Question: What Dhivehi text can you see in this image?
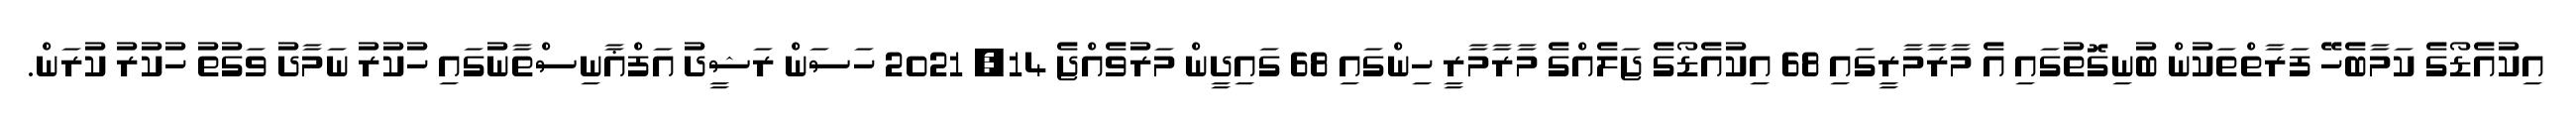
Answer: އިކުއެޑޯގެ ކަމާބެހޭ ފަރާތްތަކުން ބުނިގޮތުގައި އެ މާރާމާރީގައި 68 އިކުއެޑޯގެ ޖަލެއްގެ މާރާމާރީ ހިންގައި 68 ގައިދީން މަރުވެއްޖެ 14, 2021 ހަސަން ރަޝީދު އަފްޣާނިސްތާނުގައި ހުކުރު ނަމާދު ވަގުތު ހުކުރު ކުރަން.